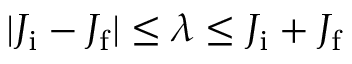
| J _ { \mathrm { i } } - J _ { \mathrm { f } } | \leq \lambda \leq J _ { \mathrm { i } } + J _ { \mathrm { f } }